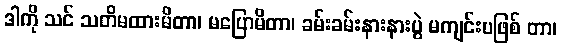
ဒါကို သင် သတိမထားမိတာ၊ မပြောမိတာ၊ ခမ်းခမ်းနားနားပွဲ မကျင်းပဖြစ် တာ၊